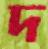
দ